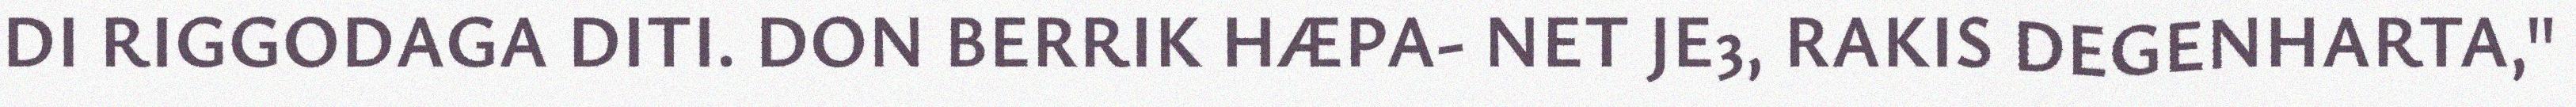
DI RIGGODAGA DITI. DON BERRIK HÆPA- NET JE3, RAKIS DEGENHARTA,"